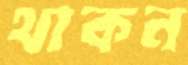
থাকন